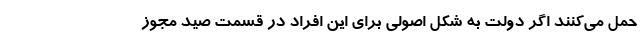
حمل می‌کنند اگر دولت به شکل اصولی برای این افراد در قسمت صید مجوز